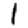
Digit: 1